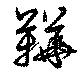
靴